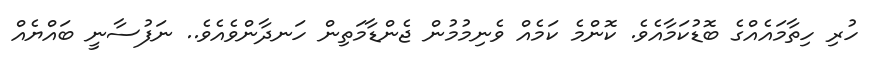
ހުރި ހިތާމައެއްގެ ބޮޑުކަމާއެވެ. ކޮންމެ ކަމެއް ވެނިމުމުން ޖެންޑާމަތިން ހަނދާންވެއެވެ.. ނަފުސާނީ ބައްޔެއް